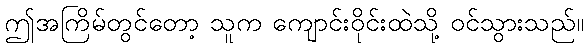
ဤအကြိမ်တွင်တော့ သူက ကျောင်းဝိုင်းထဲသို့ ဝင်သွားသည်။